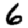
Digit: 6